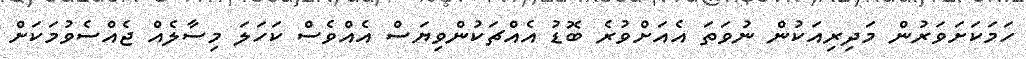
ހަމަކަށަވަރުން މަދިރިއަކުން ނުވަތަ އެއަށްވުރެ ބޮޑު އެއްޗަކުންވިޔަސް އެއްވެސް ކަހަލަ މިސާލެއް ޖެއްސެވުމަކަށް